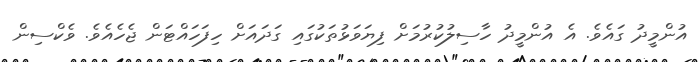
އުންމީދު ގައެވެ. އެ އުންމީދު ހާސިލުކުރުމަށް ފިޔަވަޅުތަކުގައި ގަދައަށް ހިފަހައްޓަން ޖެހެއެވެ. ވެކްސިން